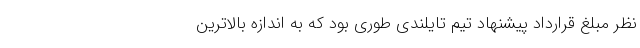
نظر مبلغ قرارداد پیشنهاد تیم تایلندی طوری بود که به اندازه بالاترین